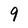
Character: 9